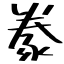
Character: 豢